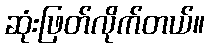
ဆုံးဖြတ်လိုက်တယ်။